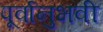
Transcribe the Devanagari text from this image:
पूर्वानुभवी